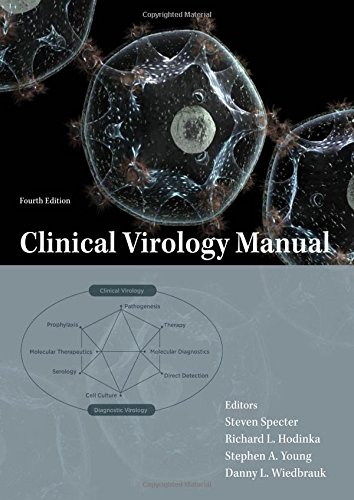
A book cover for Clinical Virology Manual; Medical Books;